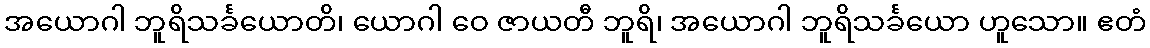
အယောဂါ ဘူရိသင်္ခယောတိ၊ ယောဂါ ဝေ ဇာယတီ ဘူရိ၊ အယောဂါ ဘူရိသင်္ခယော ဟူသော။ ဧတံ